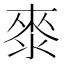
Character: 𭱁